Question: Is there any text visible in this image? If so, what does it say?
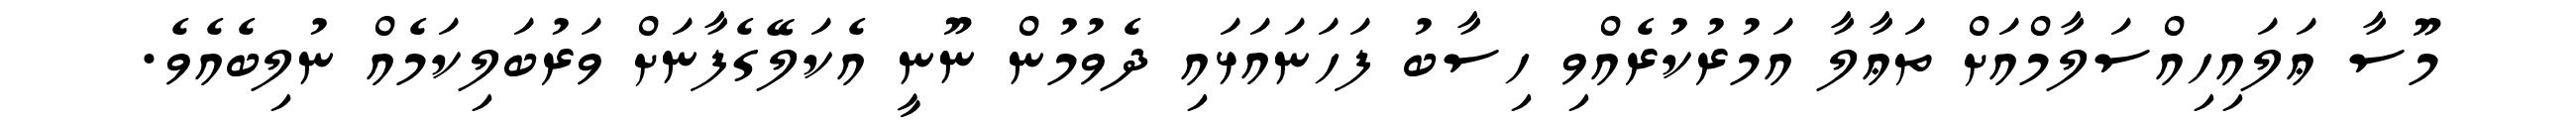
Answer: މޫސާ ޢަލައިހިއްސަލާމްއަށް ތަޢާލާ އަމުރުކުރެއްވި ހިސާބު ފަހަނައަޅައި ދެވުމުން ނޫނީ އެކަލޭގެފާނަށް ވަރުބަލިކަމެއް ނުލިބެއެވެ.